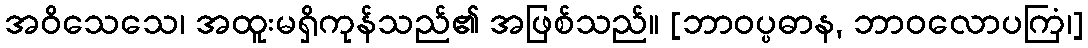
အဝိသေသေ၊ အထူးမရှိကုန်သည်၏ အဖြစ်သည်။ [ဘာဝပ္ပဓာန, ဘာဝလောပကြံ၊]